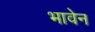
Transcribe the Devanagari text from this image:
भावेन